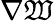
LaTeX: \nabla\mathfrak{W}